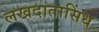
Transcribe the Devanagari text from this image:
लखदातासिंध